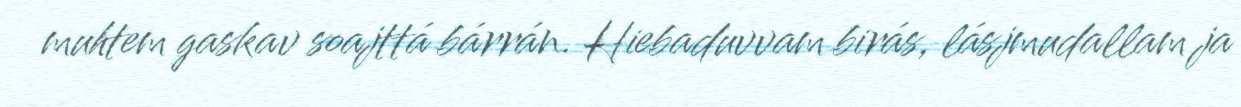
muhtem gaskav soajttá bárrán. Hiebaduvvam birás, lásjmudallam ja